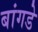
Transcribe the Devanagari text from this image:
बांगडे